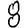
Digit: 8